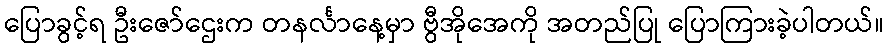
ပြောခွင့်ရ ဦးဇော်ဌေးက တနင်္လာနေ့မှာ ဗွီအိုအေကို အတည်ပြု ပြောကြားခဲ့ပါတယ်။